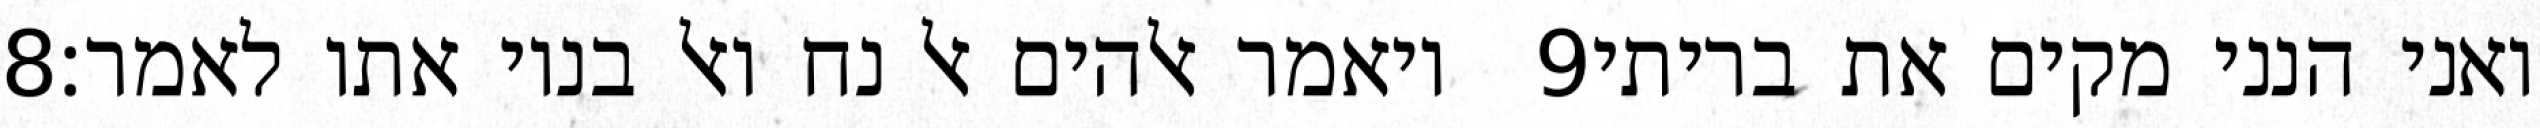
‎8‏ ויאמר אלהים אל נח ואל בניו אתו לאמר׃ ‎9‏ ואני הנני מקים את בריתי